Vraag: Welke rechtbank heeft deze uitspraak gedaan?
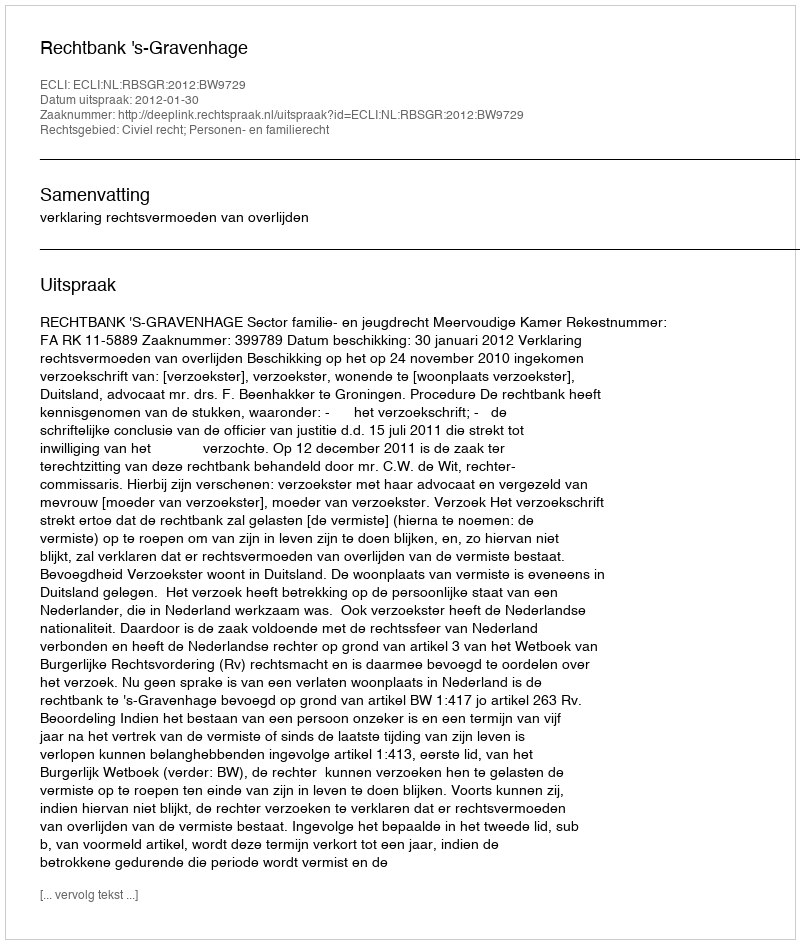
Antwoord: Rechtbank 's-Gravenhage